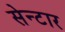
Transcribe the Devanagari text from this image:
सेन्टार